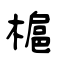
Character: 槴